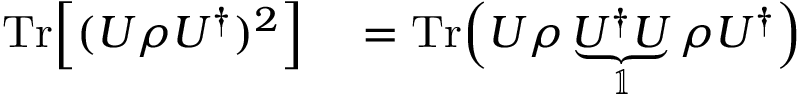
\begin{array} { r l } { \mathrm { T r } \Big [ ( U \rho U ^ { \dagger } ) ^ { 2 } \Big ] } & { { } = \mathrm { T r } \Big ( U \rho \underbrace { U ^ { \dagger } U } _ { \mathbb { 1 } } \rho U ^ { \dagger } \Big ) } \end{array}